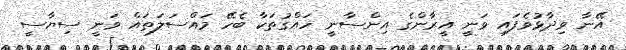
އޭނާ ވިދާޅުވެފައި ވަނީ އީރާންގެ އިންސާނީ ހައްގުތަކާ ބެހޭ މައްސަލަތައް ވަނީ ސިޔާސީ